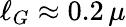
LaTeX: \ell_{G}\approx 0.2\, \mu